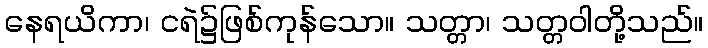
နေရယိကာ၊ ငရဲ၌ဖြစ်ကုန်သော။ သတ္တာ၊ သတ္တဝါတို့သည်။